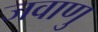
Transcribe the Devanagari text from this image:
जवाणु